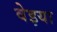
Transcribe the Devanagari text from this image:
वेइया